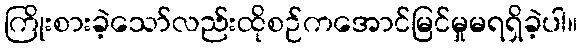
ကြိုးစားခဲ့သော်လည်းထိုစဉ်ကအောင်မြင်မှုမရရှိခဲ့ပါ။